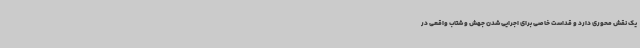
یک نقش محوری دارد و قداست خاصی برای اجرایی شدن جهش و شتاب واقعی در